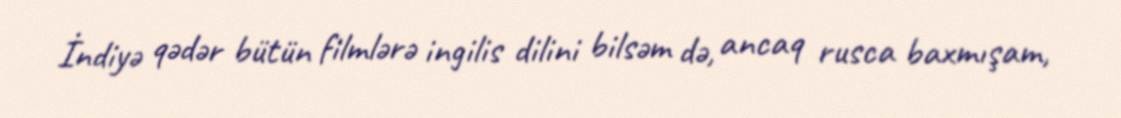
İndiyə qədər bütün filmlərə ingilis dilini bilsəm də, ancaq rusca baxmışam,